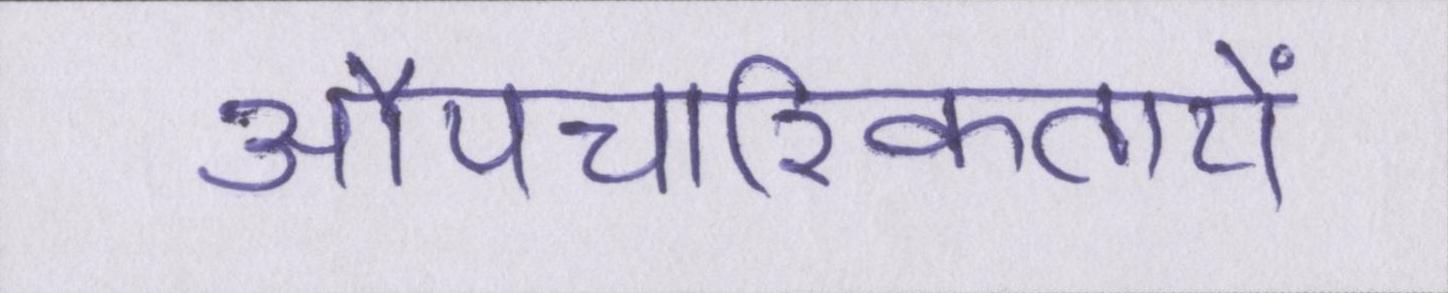
औपचारिकतायें